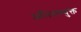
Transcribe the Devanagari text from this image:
अभिसम्युक्त